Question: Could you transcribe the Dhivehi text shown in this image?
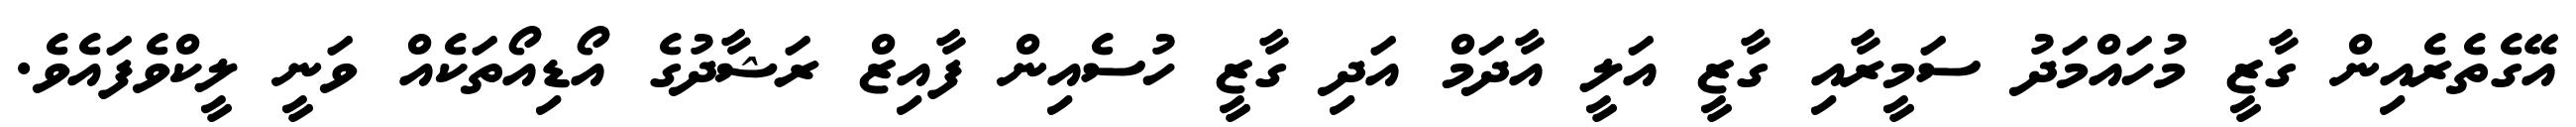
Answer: އޭގެތެރެއިން ގާޒީ މުހައްމަދު ސަމީރާއި ގާޒީ އަލީ އާދަމް އަދި ގާޒީ ހުސެއިން ފާއިޒް ރަޝާދުގެ އޯޑިއޯތަކެއް ވަނީ ލީކްވެފައެވެ.